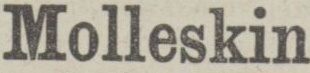
Molleskin,